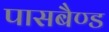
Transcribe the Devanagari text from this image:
पासबैण्ड